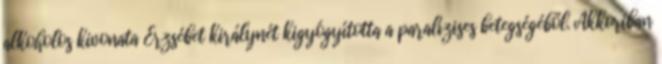
alkoholos kivonata Erzsébet királynét kigyógyította a paralízises betegségéből. Akkoriban